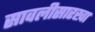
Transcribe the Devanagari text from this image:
सावलीसारखा